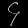
Digit: ၄